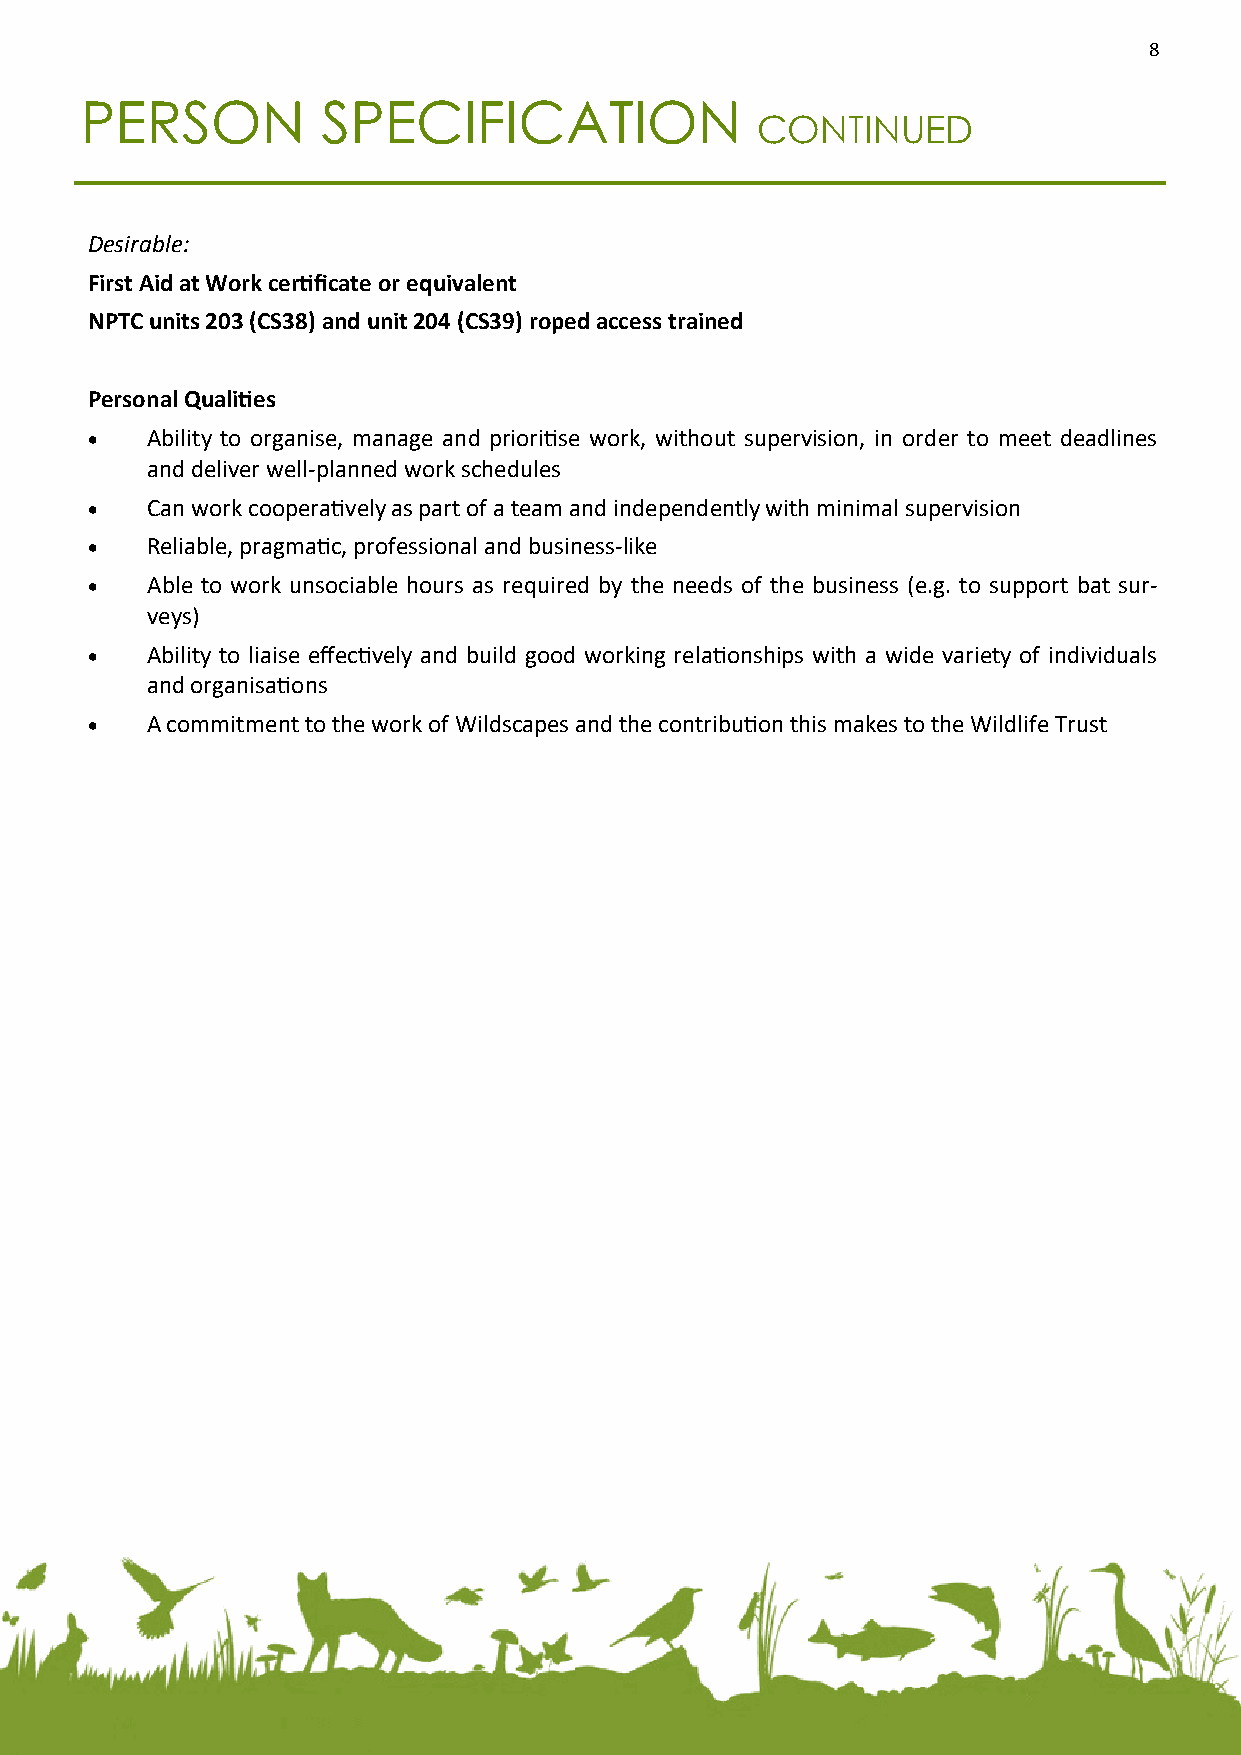
8
 PERSON          SPECIFICATION
 CONTINUED
 Desirable:
 First Aid at Work certificate or equivalent
 NPTC units 203 (CS38) and unit 204 (CS39) roped access trained
 Personal Qualities
    Ability to organise, manage and prioritise work, without supervision, in order to meet deadlines
 and deliver well-planned work schedules
    Can work cooperatively as part of a team and independently with minimal supervision
    Reliable, pragmatic, professional and business-like
    Able to work unsociable hours as required by the needs of the business (e.g. to support bat sur-
 veys)
    Ability to liaise effectively and build good working relationships with a wide variety of individuals
 and organisations
    A commitment to the work of Wildscapes and the contribution this makes to the Wildlife Trust
 8